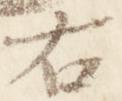
右